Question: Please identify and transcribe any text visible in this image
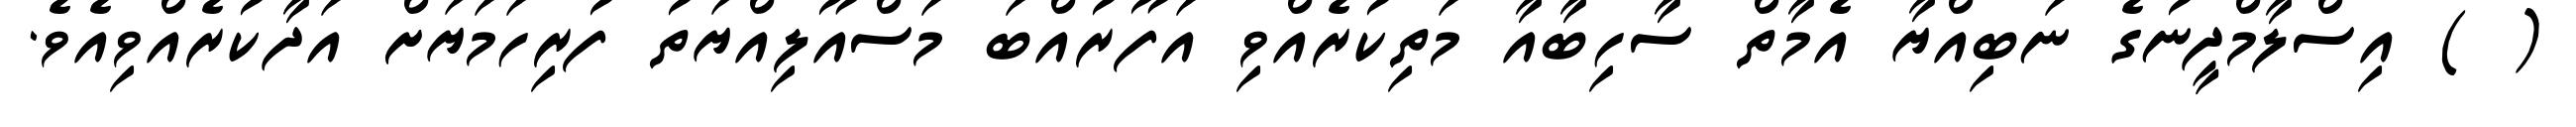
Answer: ( ) އިސްލާމްދީނުގެ ނަބިއްޔާ އެމާތް ސާހިބާއާ މަތިކުރެއްވި އަފޫރުއްބަ މަސްއޫލިއްޔަތު ފުރިހަމަޔަށް އަދާކުރެއްވިއެވެ.